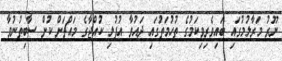
ނޫރު މަރާލުމުގައި ބައިވެރިވިކަމުގެ ތުހުމަތުގައި ދައުވާ އުފުލި ކުއްޖާގެ މައްޗަށް ކުށް ސާބިތުނުވާ